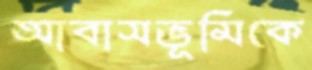
আবাসভূমিকে